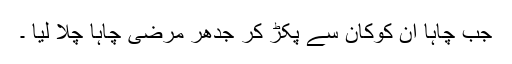
جب چاہا ان کوکان سے پکڑ کر جدھر مرضی چاہا چلا لیا ۔